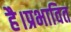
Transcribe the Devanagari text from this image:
है।प्रभावित